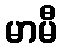
မာမီ